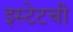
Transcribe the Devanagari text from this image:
इस्टेटची